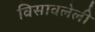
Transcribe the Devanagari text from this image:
विसावलेली